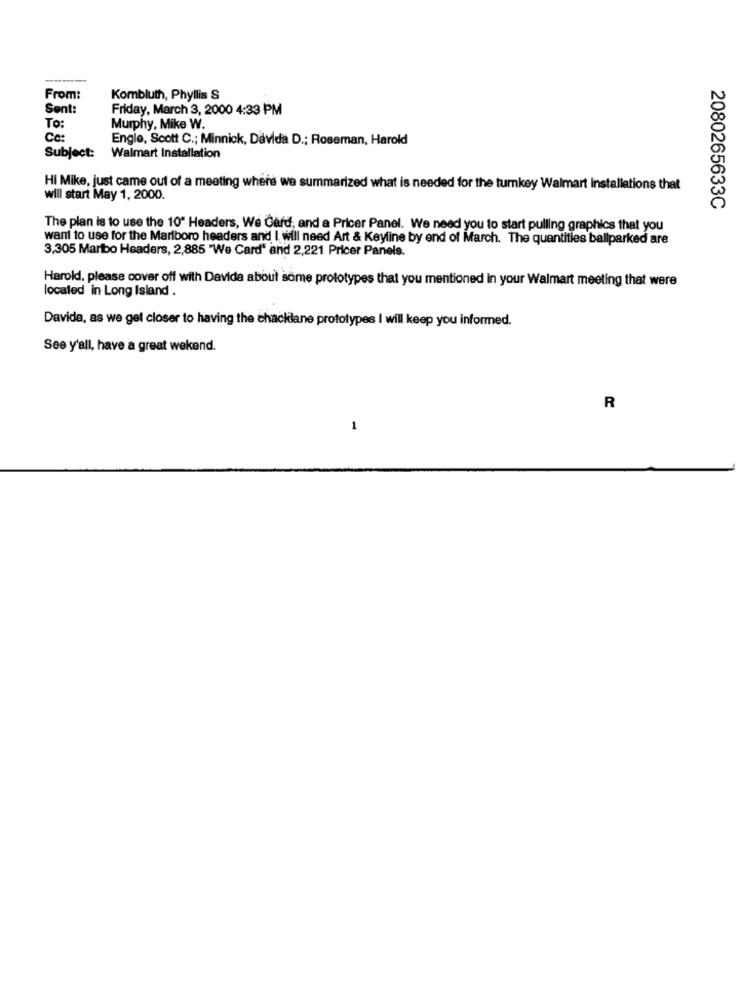
From:
Kombluth, Phyllis S
Sent:
Friday, March 3, 2000 4:33 PM
To:
Murphy, Mike W.
Cc:
Engle, Scott C .; Minnick, Davida D .; Roseman, Harold
Subject:
Walmart Installation
Hi Mike, just came out of a meeting where we summarized what is needed for the turkey Walmart installations that
will start May 1, 2000.
2080265633C
The plan is to use the 10" Headers, We Card, and a Pricer Panel. We need you to start pulling graphics that you
want to use for the Marlboro headers and I will need Art & Keyline by end of March. The quantities ballparked are
3,305 Maribo Headers, 2,885 "We Card" and 2,221 Pricer Panels.
Harold, please cover off with Davide about some prototypes that you mentioned in your Walmart meeting that were
located in Long Island .
Davida, as we get closer to having the chackilane prototypes I will keep you informed.
See y'all, have a great wekend.
R
1